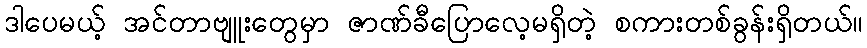
ဒါပေမယ့် အင်တာဗျူးတွေမှာ ဇာဏ်ခီပြောလေ့မရှိတဲ့ စကားတစ်ခွန်းရှိတယ်။